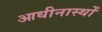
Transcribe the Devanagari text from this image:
आधीनास्थों